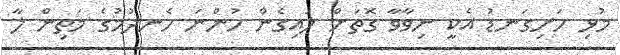
މުޅި ހަށިގަނޑު އެކީ ނިވާވާ ގޮތަށް ލައިގެން ހުންނަ ހެނދުމުގެ މަތިން ލާ